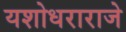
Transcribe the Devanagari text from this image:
यशोधराराजे